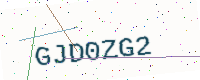
Text: GJD0ZG2